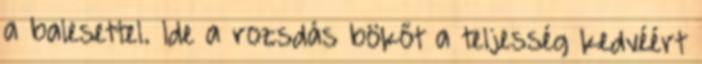
a balesettel. Ide a rozsdás bökőt a teljesség kedvéért